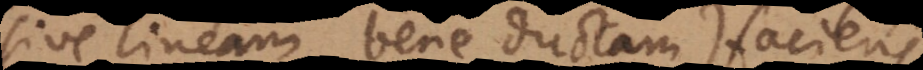
(sive lineam bene ductam) faciens